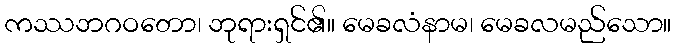
ကဿဘဂဝတော၊ ဘုရားရှင်၏။ မေခလံနာမ၊ မေခလမည်သော။